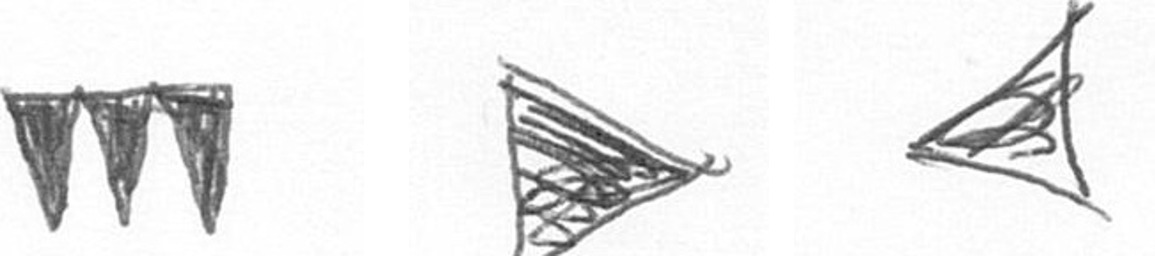
L T O